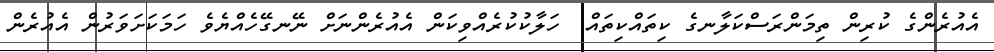
އެއުރެންގެ ކުރިން ތިމަންރަސްކަލާނގެ ކިތައްކިތައް  ހަލާކުކުރެއްވިކަން އެއުރެންނަށް ނޭނގޭހެއްޔެވެ ހަމަކަށަވަރުން އެއުރެން